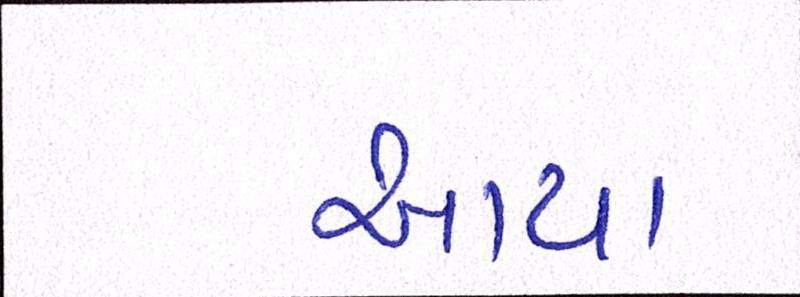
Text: આયા